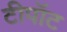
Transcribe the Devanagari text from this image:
टीपॉट